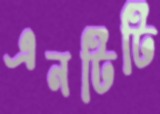
এনটিটি